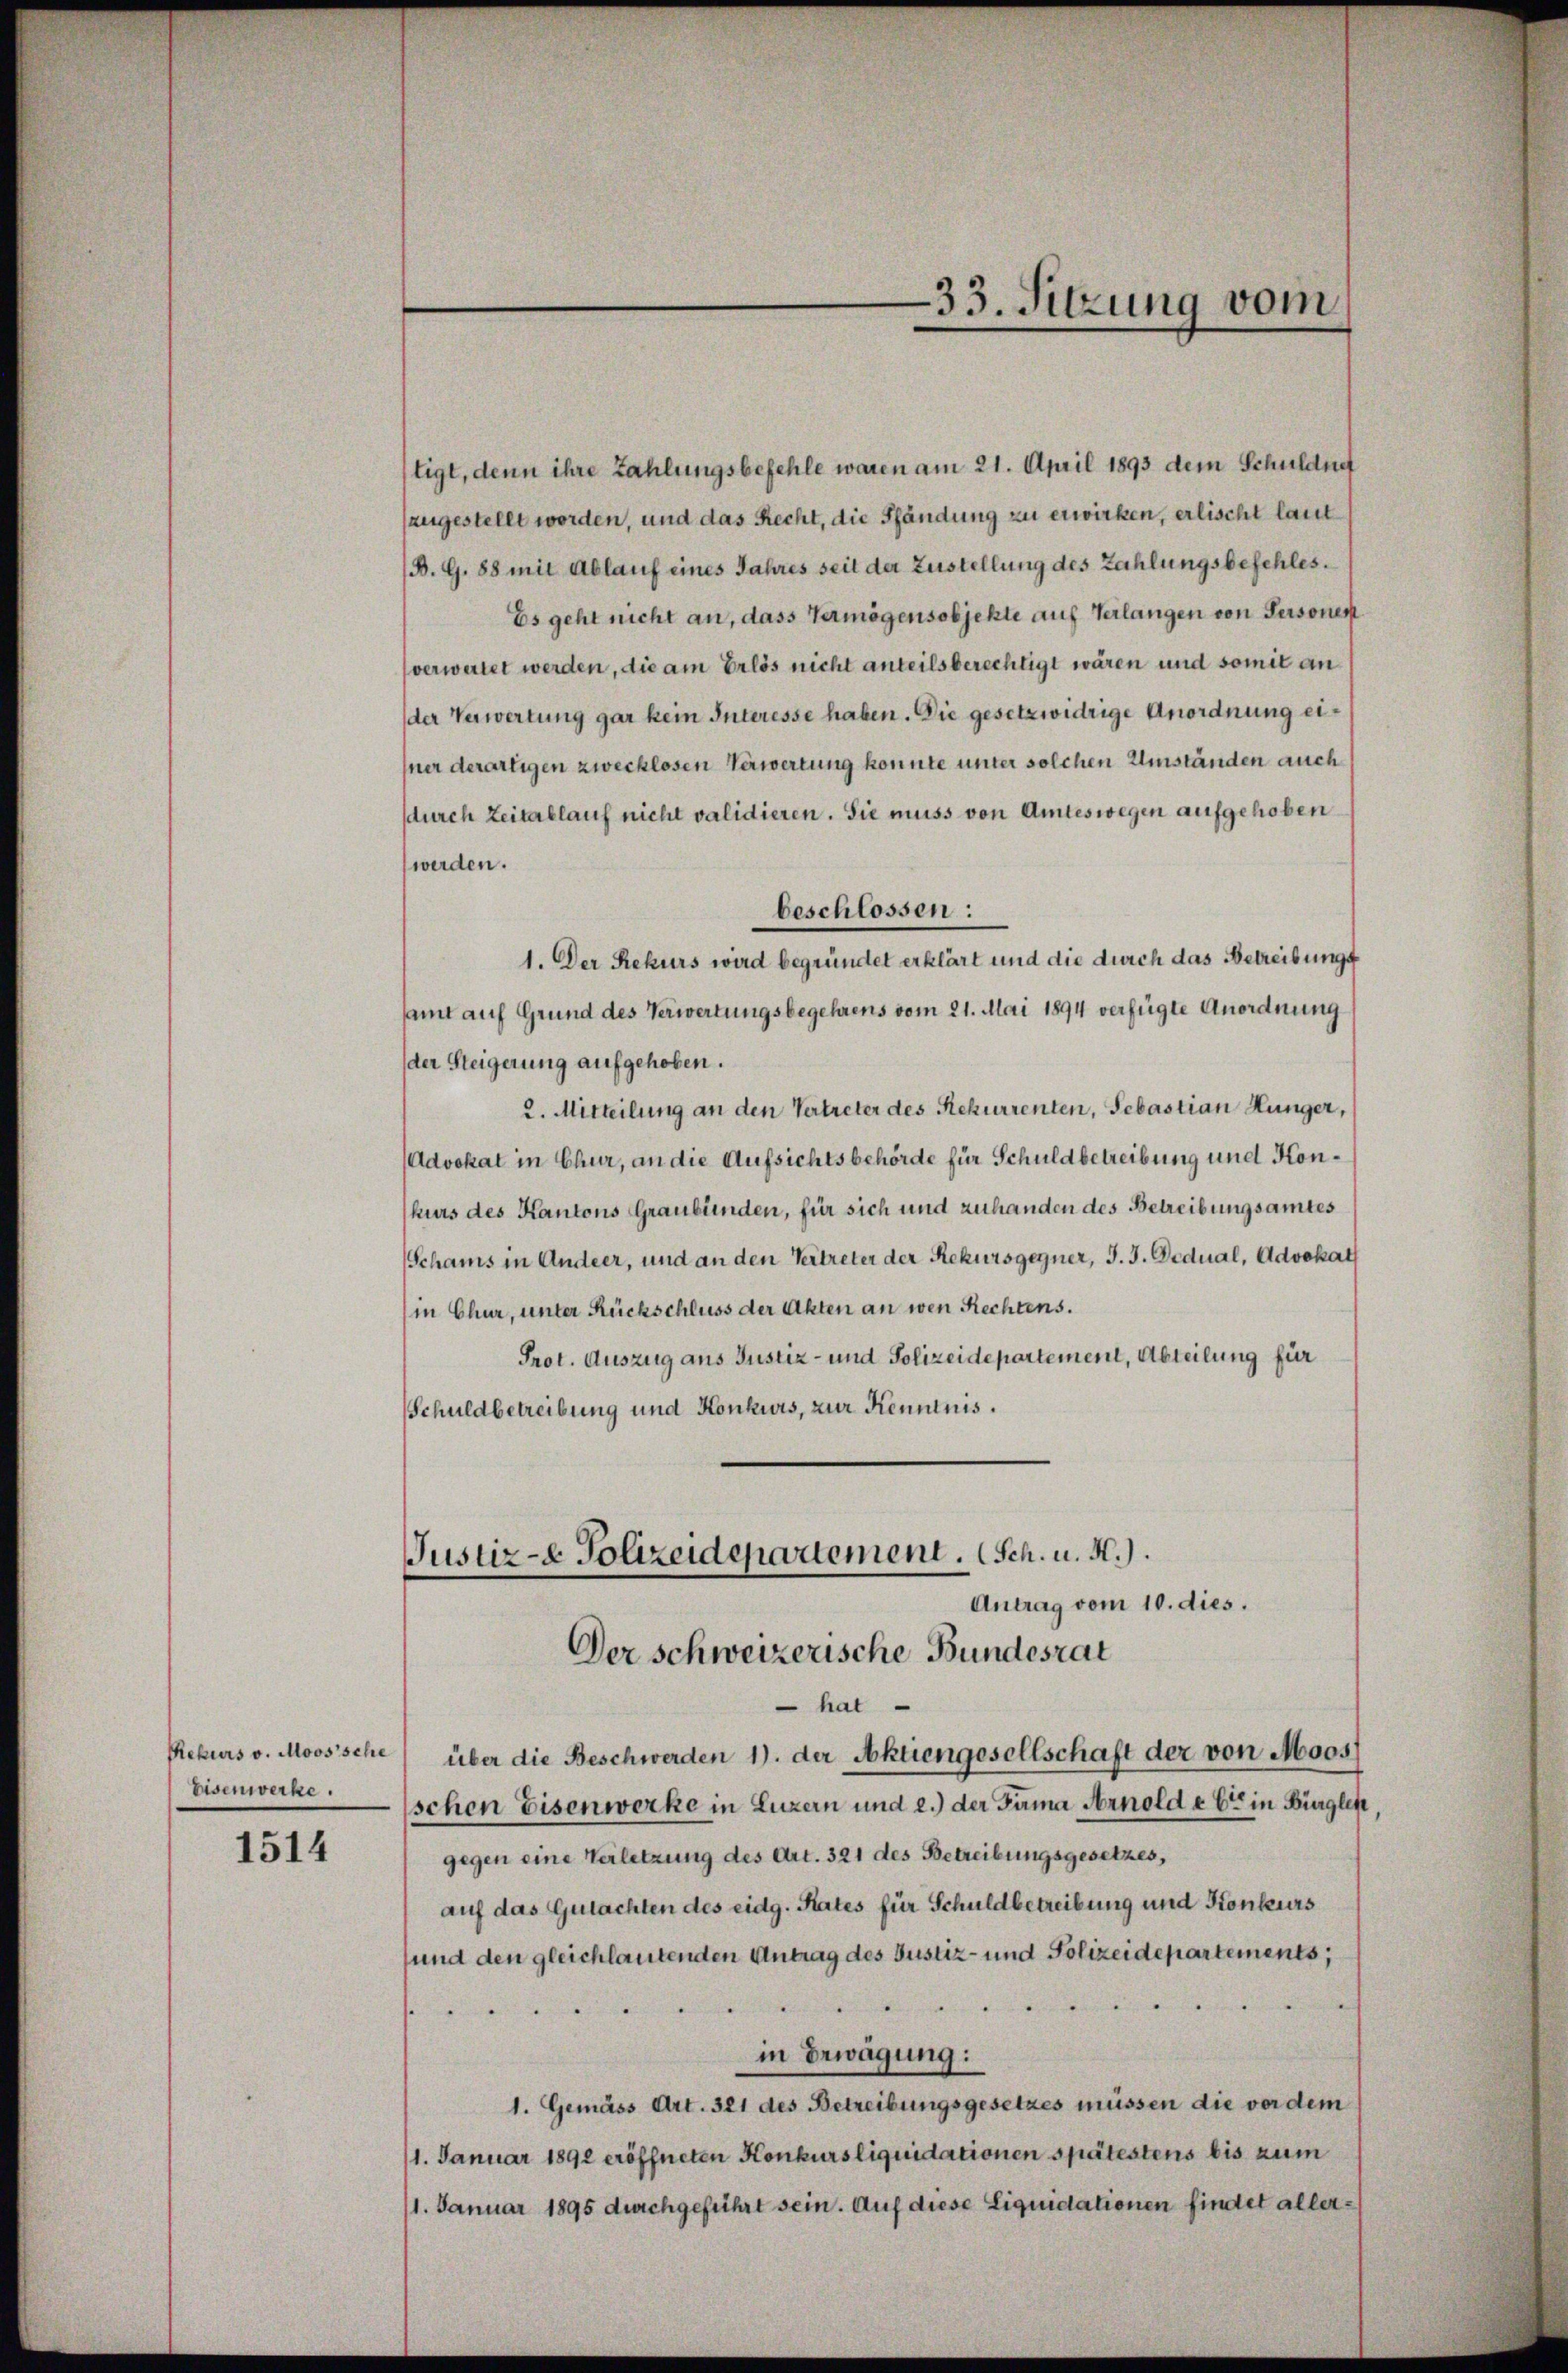
Rekurs v. Moos’sche
Eisenwerke.

1514

stigt, denn ihre Zahlungsbefehle waren am 21. April 1893 dem Schuldne
augestellt worden, und das Recht, die Pfändung zu erwirken, erlischt laut
(B. G. 88 mit Ablauf eines Jahres seit der Zustellung des Zahlungsbefehles.
Es geht nicht an, dass Vermögensobjekte auf Verlangen von Personen
verweitet werden, die am Erlös nicht anteilsberechtigt wären und somit ander Verwertung gar kein Interesse haben. Die gesetzwidrige Anordnung eihner derartigen zwecklosen Verwertung konnte unter solchen Umständen auch
sdurch Zeitablauf nicht validieren. Sie muss von Amteswegen aufgehoben
werden.
beschlossen:
1. Der Rekurs wird begründet erklärt und die durch das Betreibungs
samt auf Grund des Verwertungsbegehrens vom 21. Mai 1894 verfügte Anordnung
der Steigerung aufgehoben.
2. Mitteilung an den Vertreter des Rekurrenten, Sebastian Hunger,
(Advokat in Chur, an die Aufsichtsbehörde für Schuldbetreibung und Konhurs des Kantons Graubünden, für sich und zuhanden des Betreibungsamtes
(Schams in Andeer, und an den Vertreter der Rekursgegner, J. J. Dedual, Advokat
(in Chur, unter Rückschluss der Akten an wen Rechtens.
Prot. Auszug aus Justiz- und Polizeidepartement, Abteilung für
Schuldbetreibung und Konkurs, zur Kenntnis.
Justiz- & Polizeidepartement. (Sch. u. A.).
Antrag vom 10. dies.
Der schweizerische Bundesrat
 hat
über die Beschwerden 1) der Aktiengesellschaft der von Moos
schen Eisenwerke in Luzern und e.) der Fama Arnold e 6ten in Bürgleit
gegen eine Verletzung des Art. 321 des Betreibungsgesetzes,
auf das Gutachten des eidg. Rates für Schuldbetreibung und Konkurs
sund den gleichlautenden Antrag des Justiz- und Polizeidepartements,

.

in Erwägung:
1. Gemäss Art. 321 des Betreibungsgesetzes müssen die vor dem
11. Januar 1891 eröffneten Konkurs liquidationen spätestens bis zum
1. Januar 1895 durchgeführt sein. Auf diese Liquidationen findet aller¬

33. Sitzung vom